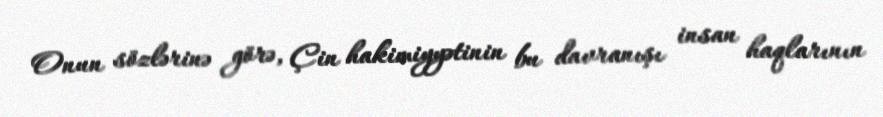
Onun sözlərinə görə, Çin hakimiyyətinin bu davranışı insan haqlarının